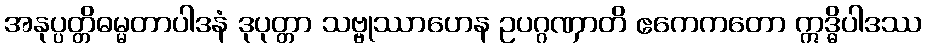
အနုပ္ပတ္တိဓမ္မတာပါဒနံ ဒုပုတ္တာ သဗ္ဗုဿာဟေန ဥပဂ္ဂဏှာတိ ဧကေကတော ဣဒ္ဓိပါဒဿ